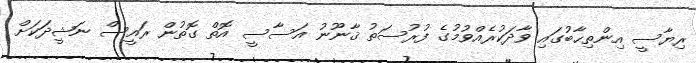
ރިޔާސީ އިންތިޙާބުގައި ވާދަކުރެއްވުމުގެ ފުރުސަތު ޤާނޫނު އަސާސީ އޮތް ގޮތުން ރައީސް ނަޝީދަކަށް